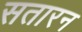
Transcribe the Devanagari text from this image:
सतारन